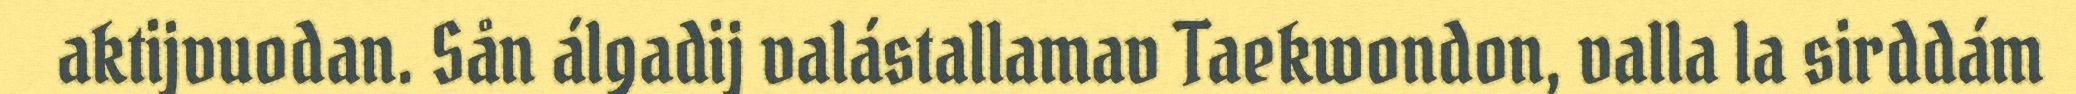
aktijvuodan. Sån álgadij valástallamav Taekwondon, valla la sirddám